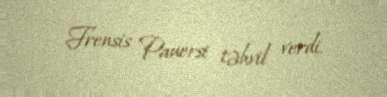
Frensis Pauersi təhvil verdi.